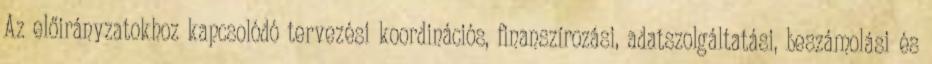
Az előirányzatokhoz kapcsolódó tervezési koordinációs, finanszírozási, adatszolgáltatási, beszámolási és